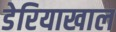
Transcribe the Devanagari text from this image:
डेरियाखाल